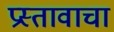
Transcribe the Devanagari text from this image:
प्रस्तावाचा